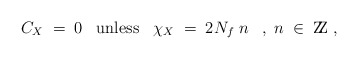
\begin{align*}C_X \; = \; 0 \; \; \; \mbox{unless} \; \; \; \chi_X \; = \; 2 N_f \; n \;\; \; , \; n \; \in \; \mbox{Z\hspace{-1.35mm}Z} \; ,\end{align*}